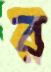
র